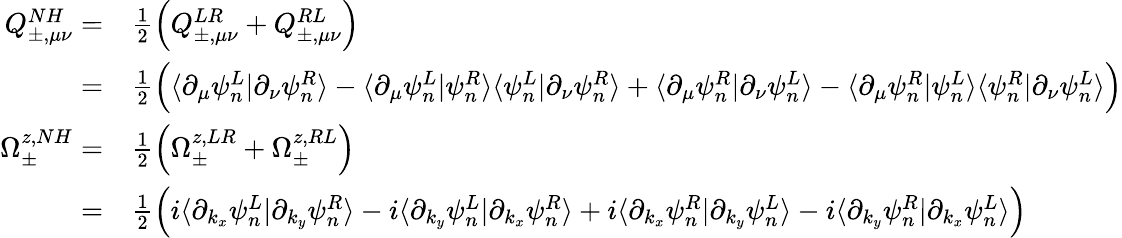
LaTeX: \begin{array}{rl}{Q_{\pm,\mu\nu}^{NH}=}&{\frac{1}{2}\Big(Q_{\pm,\mu\nu}^{LR}+Q_{\pm,\mu\nu}^{RL}\Big)}\\ {=}&{\frac{1}{2}\Big(\langle\partial_{\mu}\psi_{n}^{L}|\partial_{\nu}\psi_{n}^{R}\rangle-\langle\partial_{\mu}\psi_{n}^{L}|\psi_{n}^{R}\rangle\langle\psi_{n}^{L}|\partial_{\nu}\psi_{n}^{R}\rangle+\langle\partial_{\mu}\psi_{n}^{R}|\partial_{\nu}\psi_{n}^{L}\rangle-\langle\partial_{\mu}\psi_{n}^{R}|\psi_{n}^{L}\rangle\langle\psi_{n}^{R}|\partial_{\nu}\psi_{n}^{L}\rangle\Big)}\\ {\Omega_{\pm}^{z,NH}=}&{\frac{1}{2}\Big(\Omega_{\pm}^{z,LR}+\Omega_{\pm}^{z,RL}\Big)}\\ {=}&{\frac{1}{2}\Big(i\langle\partial_{k_{x}}\psi_{n}^{L}|\partial_{k_{y}}\psi_{n}^{R}\rangle-i\langle\partial_{k_{y}}\psi_{n}^{L}|\partial_{k_{x}}\psi_{n}^{R}\rangle+i\langle\partial_{k_{x}}\psi_{n}^{R}|\partial_{k_{y}}\psi_{n}^{L}\rangle-i\langle\partial_{k_{y}}\psi_{n}^{R}|\partial_{k_{x}}\psi_{n}^{L}\rangle\Big)}\end{array}